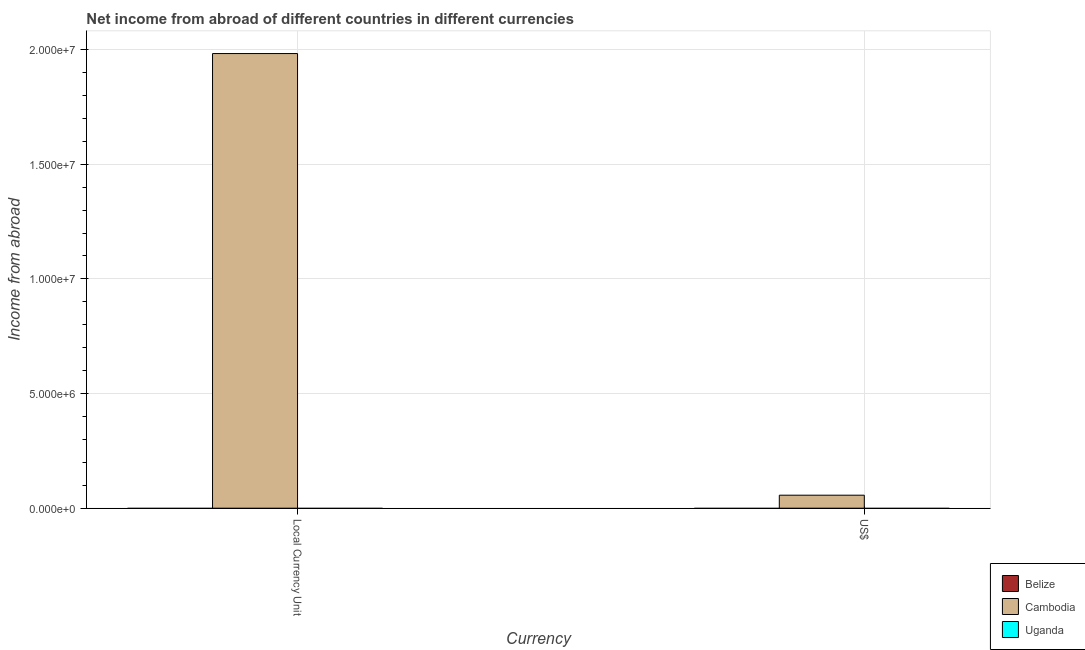
| Currency | Belize | Cambodia | Uganda |
 | --- | --- | --- | --- |
 | Local Currency Unit | -2.43e+05 | 1.98e+07 | -2.77e+05 |
 | US$ | -1.7e+05 | 5.67e+05 | -2.91e+06 |